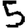
Digit: 5